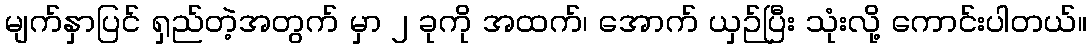
မျက်နှာပြင် ရှည်တဲ့အတွက် မှာ ၂ ခုကို အထက်၊ အောက် ယှဉ်ပြီး သုံးလို့ ကောင်းပါတယ်။